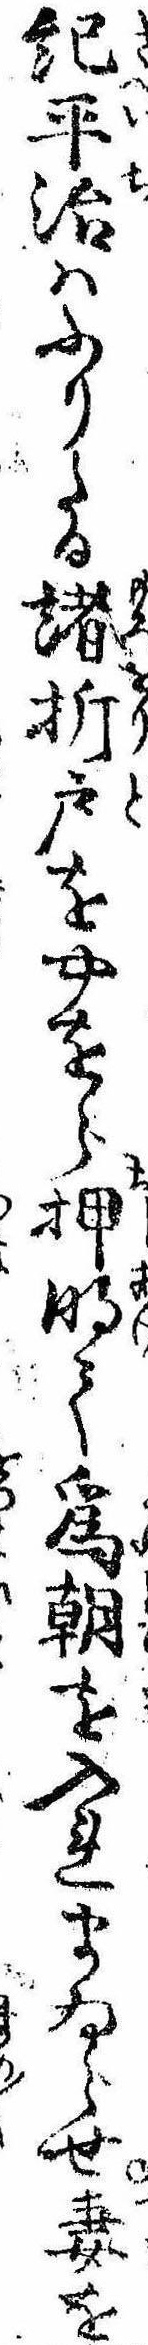
紀平治はふりたる諸折戸をやをら押明て為朝を入れまゐらせ妻を